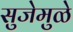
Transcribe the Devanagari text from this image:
सुजेमुळे